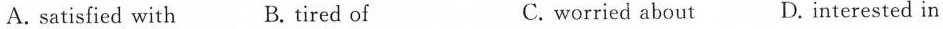
A.satisfied with B. tired of C. worried about D. interested in